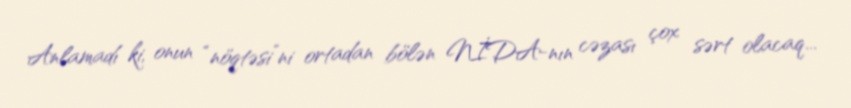
Anlamadı ki, onun “nöqtəsi”ni ortadan bölən NİDA-nın cəzası çox sərt olacaq...